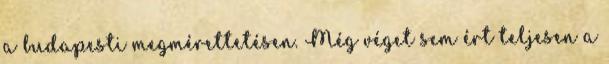
a budapesti megmérettetésen. Még véget sem ért teljesen a